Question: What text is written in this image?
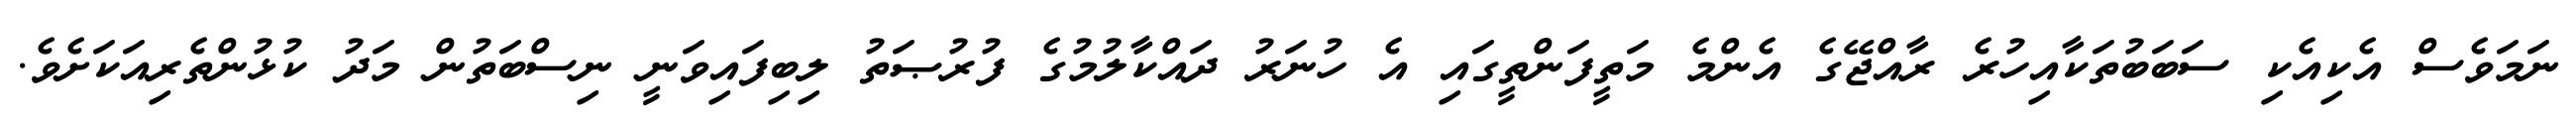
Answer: ނަމަވެސް އެކިއެކި ސަބަބުތަކާއިހުރެ ރާއްޖޭގެ އެންމެ މަތީފަންތީގައި އެ ހުނަރު ދައްކާލުމުގެ ފުރުޞަތު ލިބިފައިވަނީ ނިސްބަތުން މަދު ކުޅުންތެރިއަކަށެވެ.